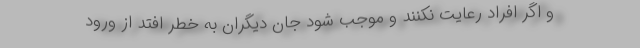
و اگر افراد رعایت نکنند و موجب شود جان دیگران به خطر افتد از ورود